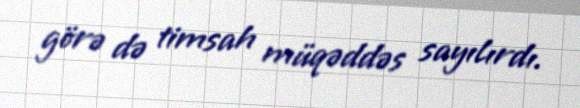
görə də timsah müqəddəs sayılırdı.